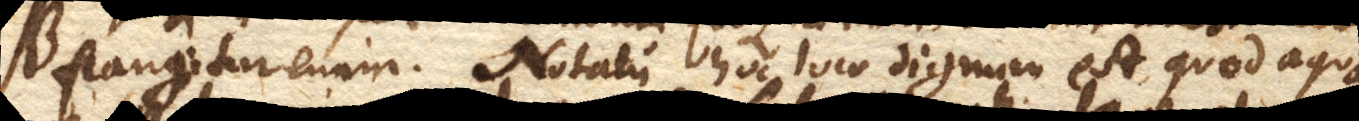
frangitur enim. Notatu hoc loco dignum est, quod aqua